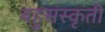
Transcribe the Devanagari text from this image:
बहुसंस्कृती